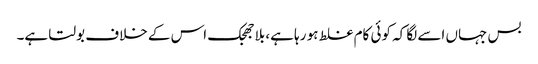
بس جہاں اسے لگا کہ کوئی کام غلط ہو رہا ہے، بلاجھجک اس کے خلاف بولتا ہے۔